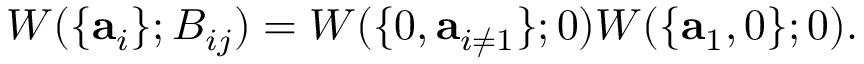
W ( \lbrace \mathbf { a } _ { i } \rbrace ; B _ { i j } ) = W ( \lbrace 0 , \mathbf { a } _ { i \neq 1 } \rbrace ; 0 ) W ( \lbrace \mathbf { a } _ { 1 } , 0 \rbrace ; 0 ) .